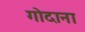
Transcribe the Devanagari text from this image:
गोदाना